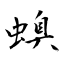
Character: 螑